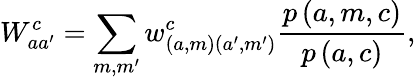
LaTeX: W_{aa^{\prime}}^{c}=\sum_{m,m^{\prime}}w_{\left(a,m\right)\left(a^{\prime},m^{\prime}\right)}^{c}\frac{p\left(a,m,c\right)}{p\left(a,c\right)},